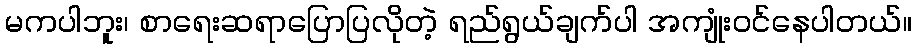
မကပါဘူး၊ စာရေးဆရာပြောပြလိုတဲ့ ရည်ရွယ်ချက်ပါ အကျုံးဝင်နေပါတယ်။